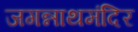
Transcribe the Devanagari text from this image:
जगन्नाथमंदिर